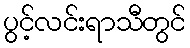
ပွင့်လင်းရာသီတွင်